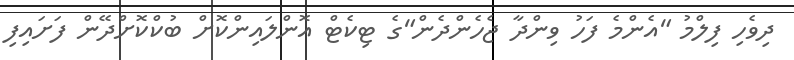
ދިވެހި ފިލްމު "އެންމެ ފަހު ވިންދާ ޖެހެންދެން"ގެ ޓިކެޓް އޮންލައިންކޮށް ބުކްކޮށްދޭން ފަށައިފި